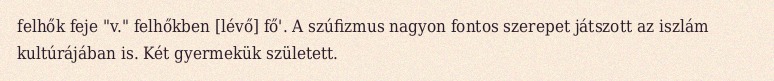
felhők feje "v." felhőkben [lévő] fő'. A szúfizmus nagyon fontos szerepet játszott az iszlám kultúrájában is. Két gyermekük született.